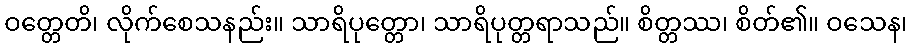
ဝတ္တေတိ၊ လိုက်စေသနည်း။ သာရိပုတ္တော၊ သာရိပုတ္တရာသည်။ စိတ္တဿ၊ စိတ်၏။ ဝသေန၊